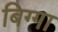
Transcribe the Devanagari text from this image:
बिग्गा